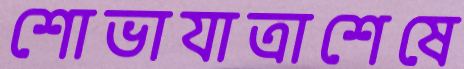
শোভাযাত্রাশেষে